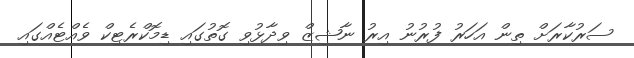
ސަރުކާރަށް ތިން އަހަރު ފުރުނު އިރު ނާޝިޒް ވިދާޅުވި ގޮތުގައި ޑިމޮކްރެޓިކް ވެއްޓެއްގައި